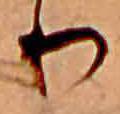
り